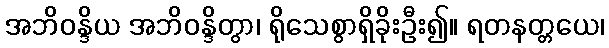
အဘိဝန္ဒိယ အဘိဝန္ဒိတွာ၊ ရိုသေစွာရှိခိုးဦး၍။ ရတနတ္တယေ၊